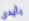
بأيدي